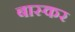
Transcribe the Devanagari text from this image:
बास्कर